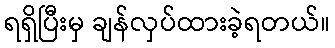
ရရှိပြီးမှ ချန်လှပ်ထားခဲ့ရတယ်။